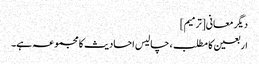
دیگر معانی[ترمیم]
اربعین کا مطلب، چالیس احادیث کا مجموعہ ہے۔